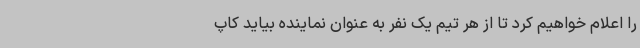
را اعلام خواهیم کرد تا از هر تیم یک نفر به عنوان نماینده بیاید کاپ